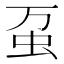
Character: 虿